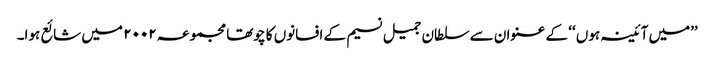
’’میں آئینہ ہوں ‘‘ کے عنوان سے سلطان جمیل نسیم کے افسانوں کا چوتھا مجموعہ ۲۰۰۲ میں شائع ہوا۔